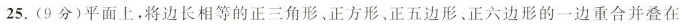
25.(9分)平面上，将边长相等的正三角形、正方形、正五边形、正六边形的一边重合并叠在